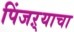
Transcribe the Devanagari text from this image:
पिंजऱ्याचा